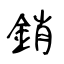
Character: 銷